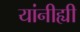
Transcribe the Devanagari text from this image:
यांनीह्यी